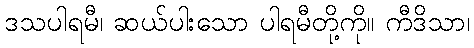
ဒသပါရမီ၊ ဆယ်ပါးသော ပါရမီတို့ကို။ ကီဒိသာ၊